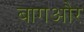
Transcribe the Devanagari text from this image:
बागऔर